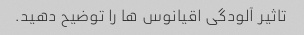
تاثیر آلودگی اقیانوس ها را توضیح دهید.